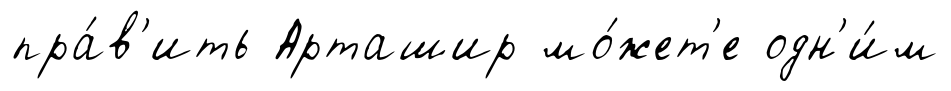
пра́в'ить Арташир мо́жет'е одн'и́м